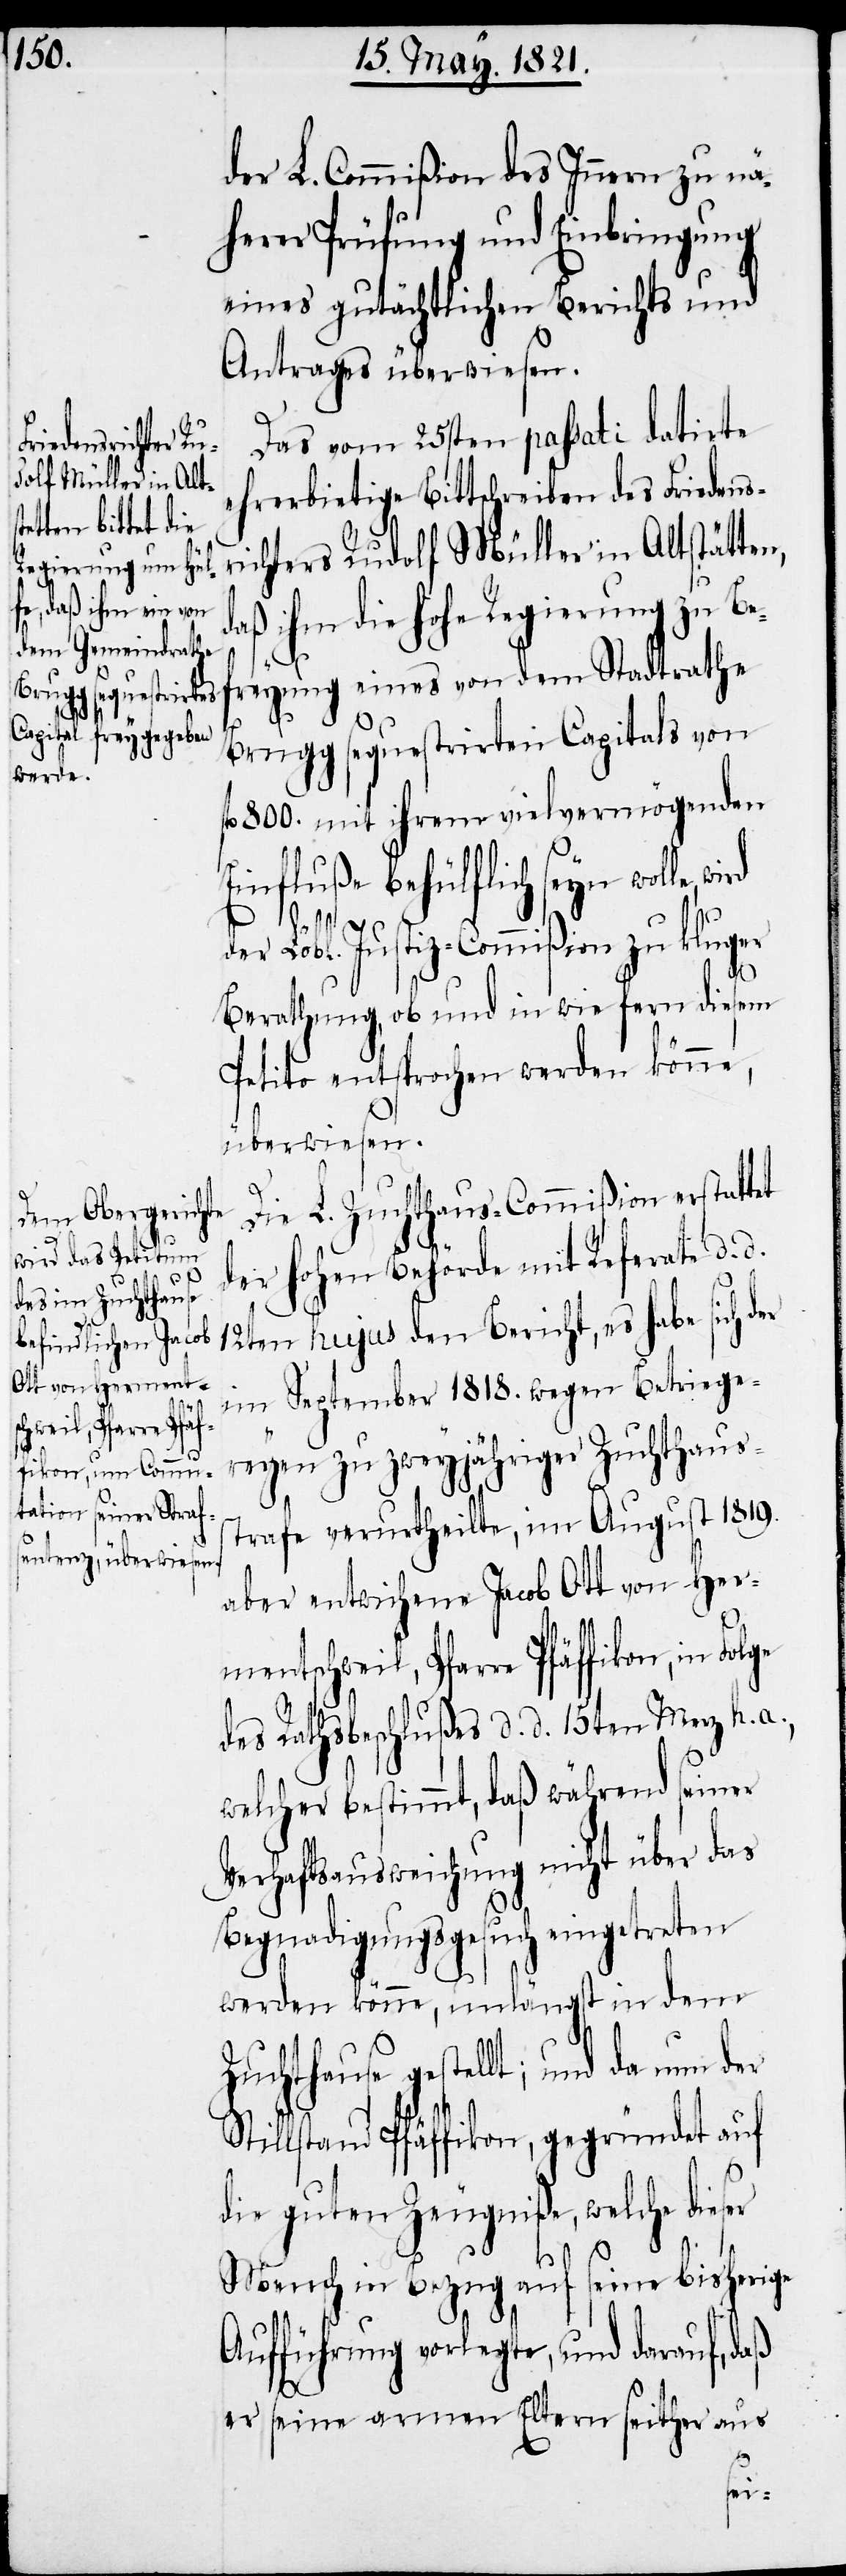
chweil, Pfarre Pfäf¬
fikon, in Fol¬

der L. Commißion des Innern zu nä¬
herer Prüfung und Einbringung
eines gutächtlichen Berichts und
Antrages überwiesen.
Das vom 25sten passati datirte
ehrerbietige Bittschreiben des Friedens¬
richters Rudolf Müller in Altstätten,
ihm die hohe Regierung zu B¬
efreyung eines von dem Stadtrathe
Brugg sequestrirten Capitals von
fl. 800. mit ihrem vielvermögenden
Einfluße behülflich seyn wolle,
ge
der Löbl. Justiz-Commißion zu kluger
Berathung, ob und in wie fern diesem
Petito entsprochen werden könne,
überwiesen.
Die L. Zuchthaus-Commißion erstattet
der hohen Behörde mit Referate d. d.
12ten hujus den Bericht, es habe sich d¬
im September 1818. wegen Betriege¬
reyen zu zweyjähriger Zuchthaus¬
strafe verurtheilte, im August 1819.
aber entwichene Jacob Ott von Her¬
des Rathsbeschlußes d. d. 15ten Merz h. a.,
welcher bestimmt, daß während seiner
Verhaftsausweichung nicht über das
Begnadigungsgesuche eingetreten
werden könne, unlängst in dem
Zuchthause gestellt; und da nun der
Stillstand Pfäffikon, gegründet auf
die guten Zeugniße, welche dieser
Mensch in Bezug auf seine bisherige
Aufführung vorlegte , und darauf, daß
er seine armen Eltern seither aus